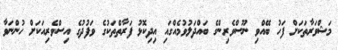
މަޝްވަރާތަކަށް ފަހު ބޭއްވި ނޫސްވެރިންގެ ބައްދަލުވުމެއްގައި އިދިކޮޅު ފަރާތްތަކުގެ ވަފުދުގެ އިސްވެރިއަކަށް ހުންނަވާ